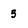
Character: 5